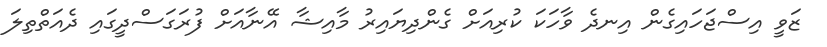
ޒަވީ އިސްޖަހައިގެން އިނދެ ވާހަކަ ކުރިއަށް ގެންދިޔައިރު މާއިޝާ އޭނާއަށް ފުރަގަސްދީގައި ދެއަތްތިލަ